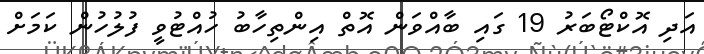
އަދި އޮކްޓޯބަރު 19 ގައި ބާއްވަން އޮތް އިންތިހާބު ހުއްޓުވީ ފުލުހުން ކަމަށް